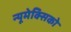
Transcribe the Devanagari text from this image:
न्यूमेक्सिको